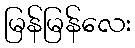
မြန်မြန်လေး